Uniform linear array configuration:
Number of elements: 64
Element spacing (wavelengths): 0.25
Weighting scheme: exponential
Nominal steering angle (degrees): -60
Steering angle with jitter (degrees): -59.658
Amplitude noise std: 0.05
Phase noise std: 0.05

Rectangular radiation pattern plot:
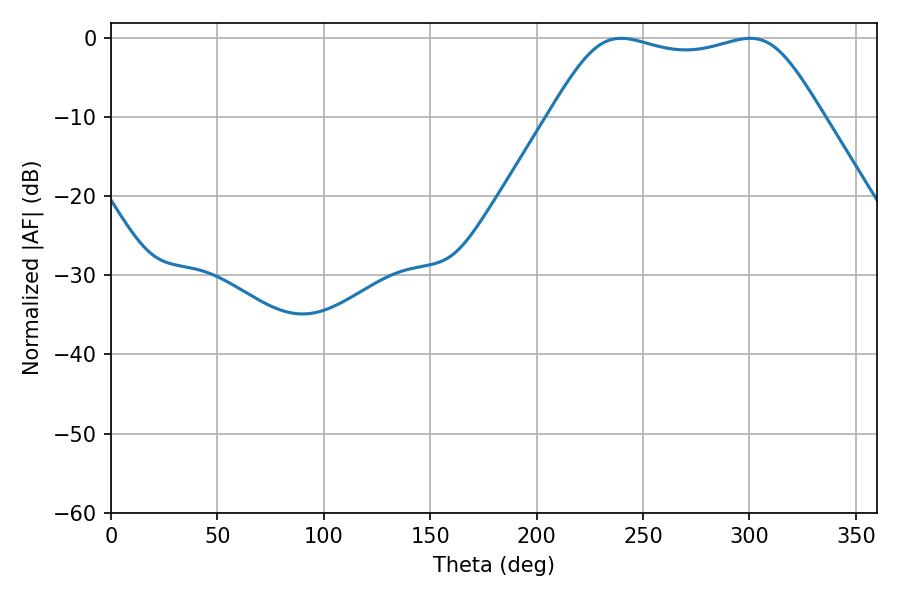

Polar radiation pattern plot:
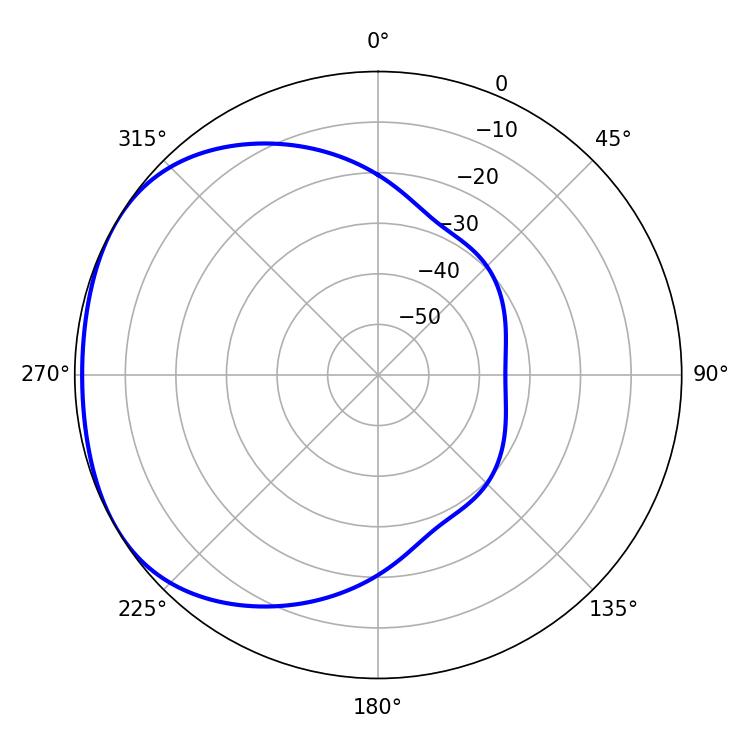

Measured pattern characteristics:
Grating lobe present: FALSE
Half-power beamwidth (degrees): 97.56
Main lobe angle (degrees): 239.76